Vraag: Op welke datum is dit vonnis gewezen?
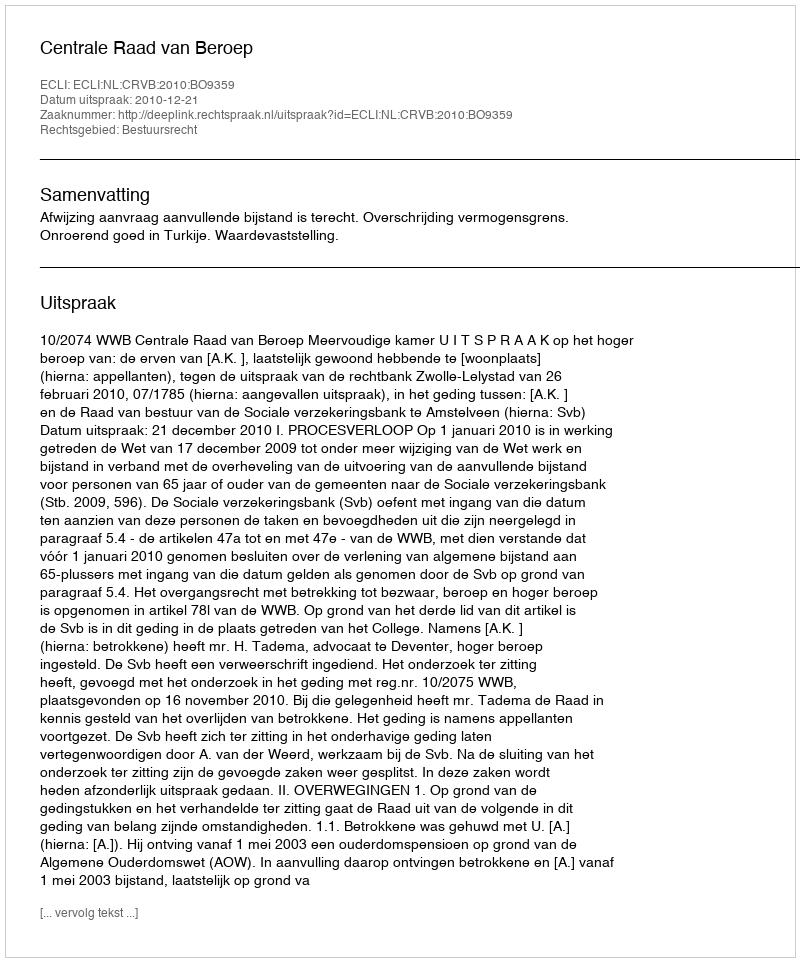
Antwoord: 2010-12-21